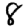
Digit: 8